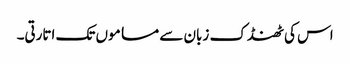
اس کی ٹھنڈک زبان سے مساموں تک اتارتی۔